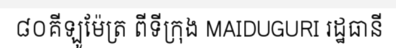
៨០គីឡូម៉ែត្រ ពីទីក្រុង MAIDUGURI រដ្ឋធានី